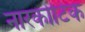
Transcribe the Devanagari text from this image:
नारकोटिक